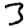
Digit: 3